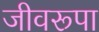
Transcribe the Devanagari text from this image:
जीवरूपा